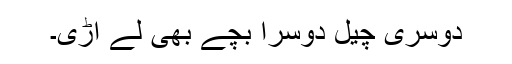
دوسری چیل دوسرا بچے بھی لے اْڑی۔